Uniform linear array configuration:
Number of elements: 16
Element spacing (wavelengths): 0.5
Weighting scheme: cosine
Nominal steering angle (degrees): -60
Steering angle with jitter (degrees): -58.059
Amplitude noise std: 0.05
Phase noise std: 0.05

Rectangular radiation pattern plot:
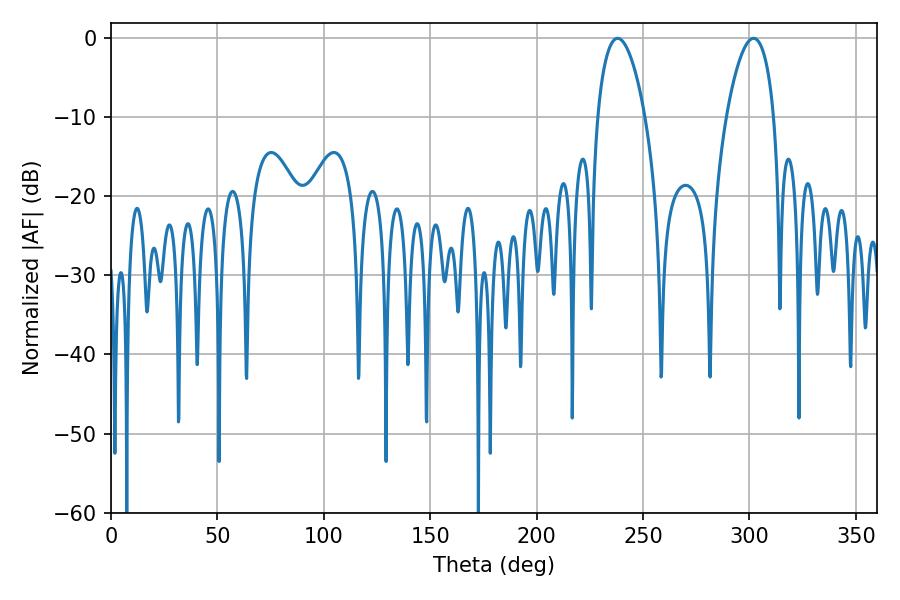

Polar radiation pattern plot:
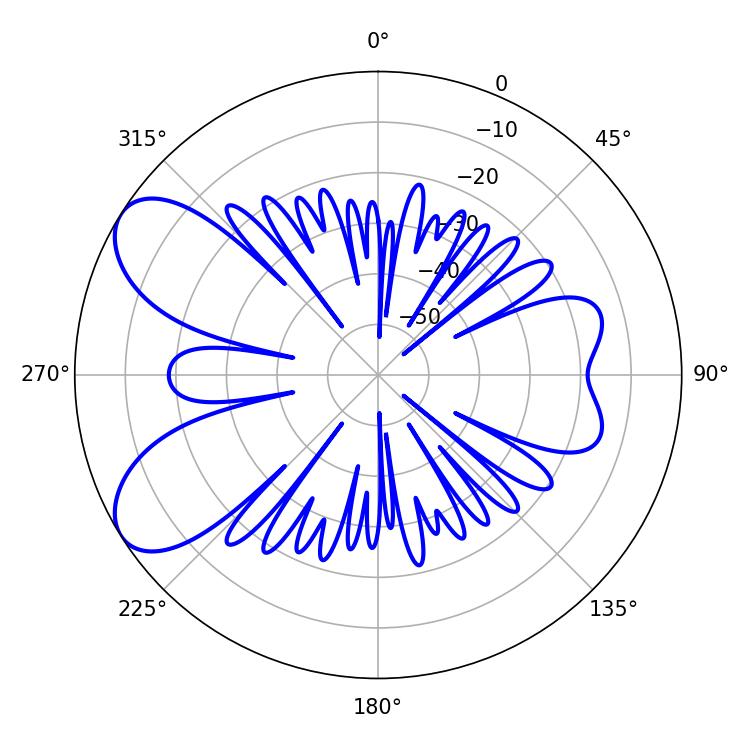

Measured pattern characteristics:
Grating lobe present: FALSE
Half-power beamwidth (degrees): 12.42
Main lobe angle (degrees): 238.14